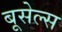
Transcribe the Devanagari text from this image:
बूसेल्स